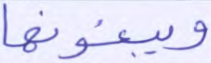
ويبغونها